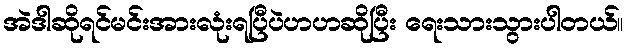
အဲဒါဆိုရင်မင်းအားလုံးရပြီပဲဟဟဆိုပြီး ရေးသားသွားပါတယ်။